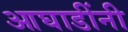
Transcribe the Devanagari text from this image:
आघाडींनी